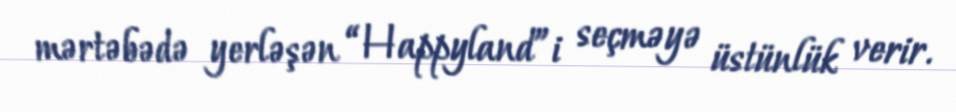
mərtəbədə yerləşən “Happyland”i seçməyə üstünlük verir.